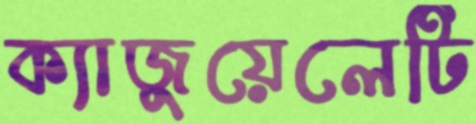
ক্যাজুয়েলেটি